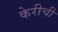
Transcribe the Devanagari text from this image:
केरीची